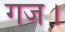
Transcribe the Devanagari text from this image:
गज।